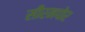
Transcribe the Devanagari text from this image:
सीरमपोर